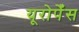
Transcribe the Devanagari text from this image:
यूरोपेँस